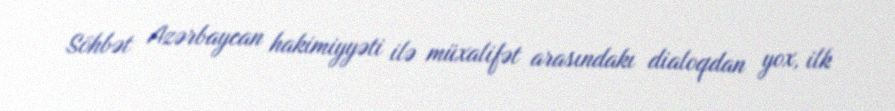
Söhbət Azərbaycan hakimiyyəti ilə müxalifət arasındakı dialoqdan yox, ilk